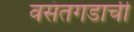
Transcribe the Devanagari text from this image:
वसंतगडाची